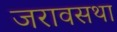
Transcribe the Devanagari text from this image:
जरावसथा